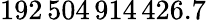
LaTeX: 192\, 504\, 914\, 426.7\, \ \,